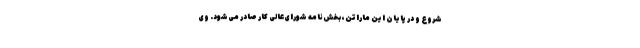
شروع و در پایان این ماراتن، بخش‌نامه شورای‌عالی کار صادر می‌شود. وی